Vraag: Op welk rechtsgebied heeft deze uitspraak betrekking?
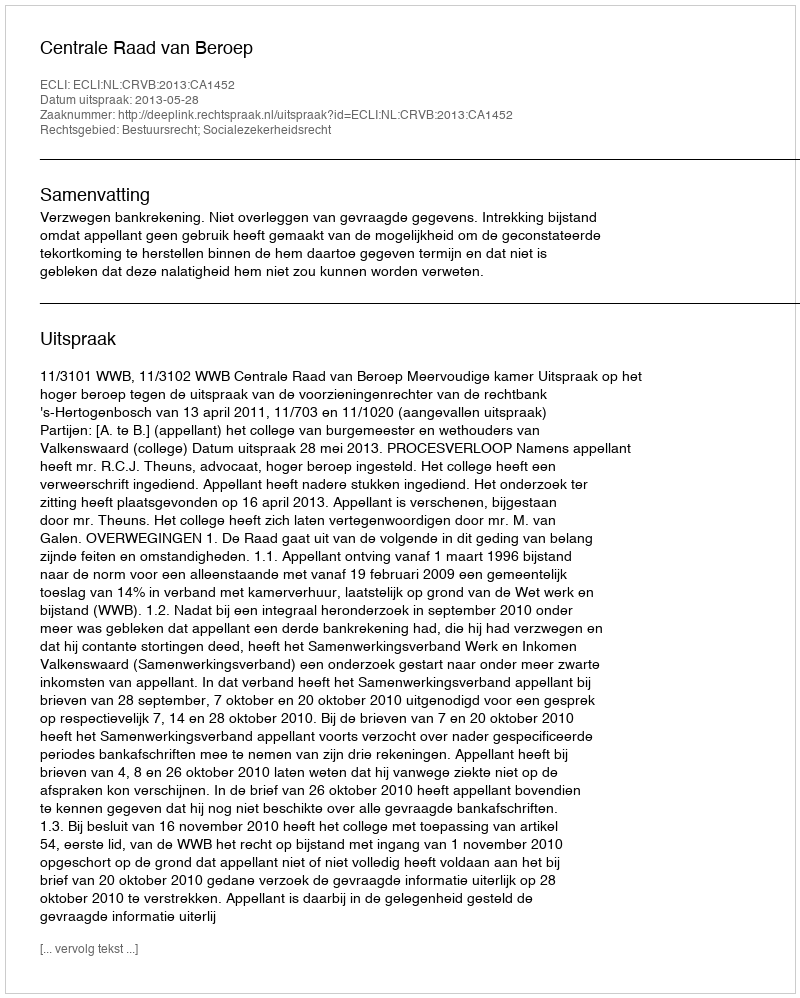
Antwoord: Bestuursrecht; Socialezekerheidsrecht